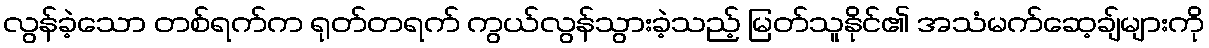
လွန်ခဲ့သော တစ်ရက်က ရုတ်တရက် ကွယ်လွန်သွားခဲ့သည့် မြတ်သူနိုင်၏ အသံမက်ဆေ့ချ်များကို